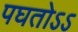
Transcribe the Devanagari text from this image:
पघतोऽऽ